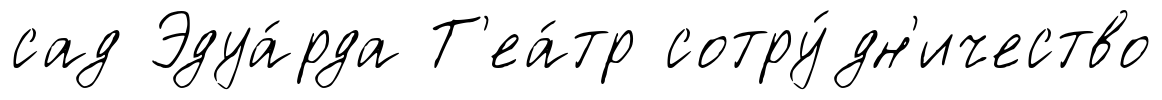
сад Эдуа́рда Т'еа́тр сотру́дн'ичество